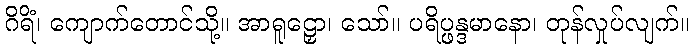
ဂိရိံ၊ ကျောက်တောင်သို့။ အာရူဠှော၊ သော်။ ပရိပ္ဖန္ဒမာနော၊ တုန်လှုပ်လျက်။